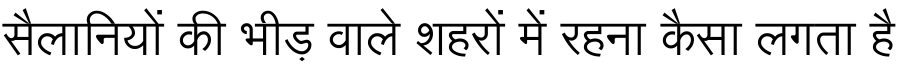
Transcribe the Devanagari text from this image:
सैलानियों की भीड़ वाले शहरों में रहना कैसा लगता है